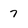
Character: 7